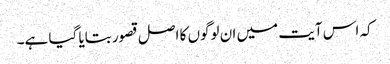
کہ اس آیت میں ان لوگوں کا اصل قصور بتایا گیا ہے۔